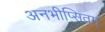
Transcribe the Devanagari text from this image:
अनभीप्सितम्